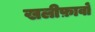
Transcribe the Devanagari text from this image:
खलीफ़ावों